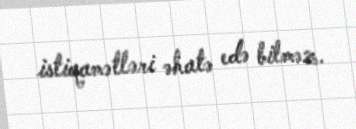
istiqamətləri əhatə edə bilməz.